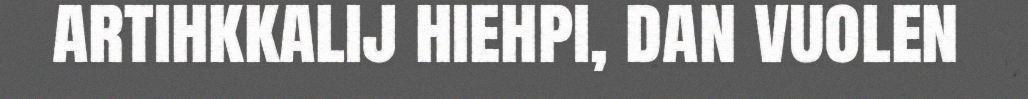
artihkkalij hiehpi, dan vuolen